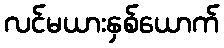
လင်မယားနှစ်ယောက်